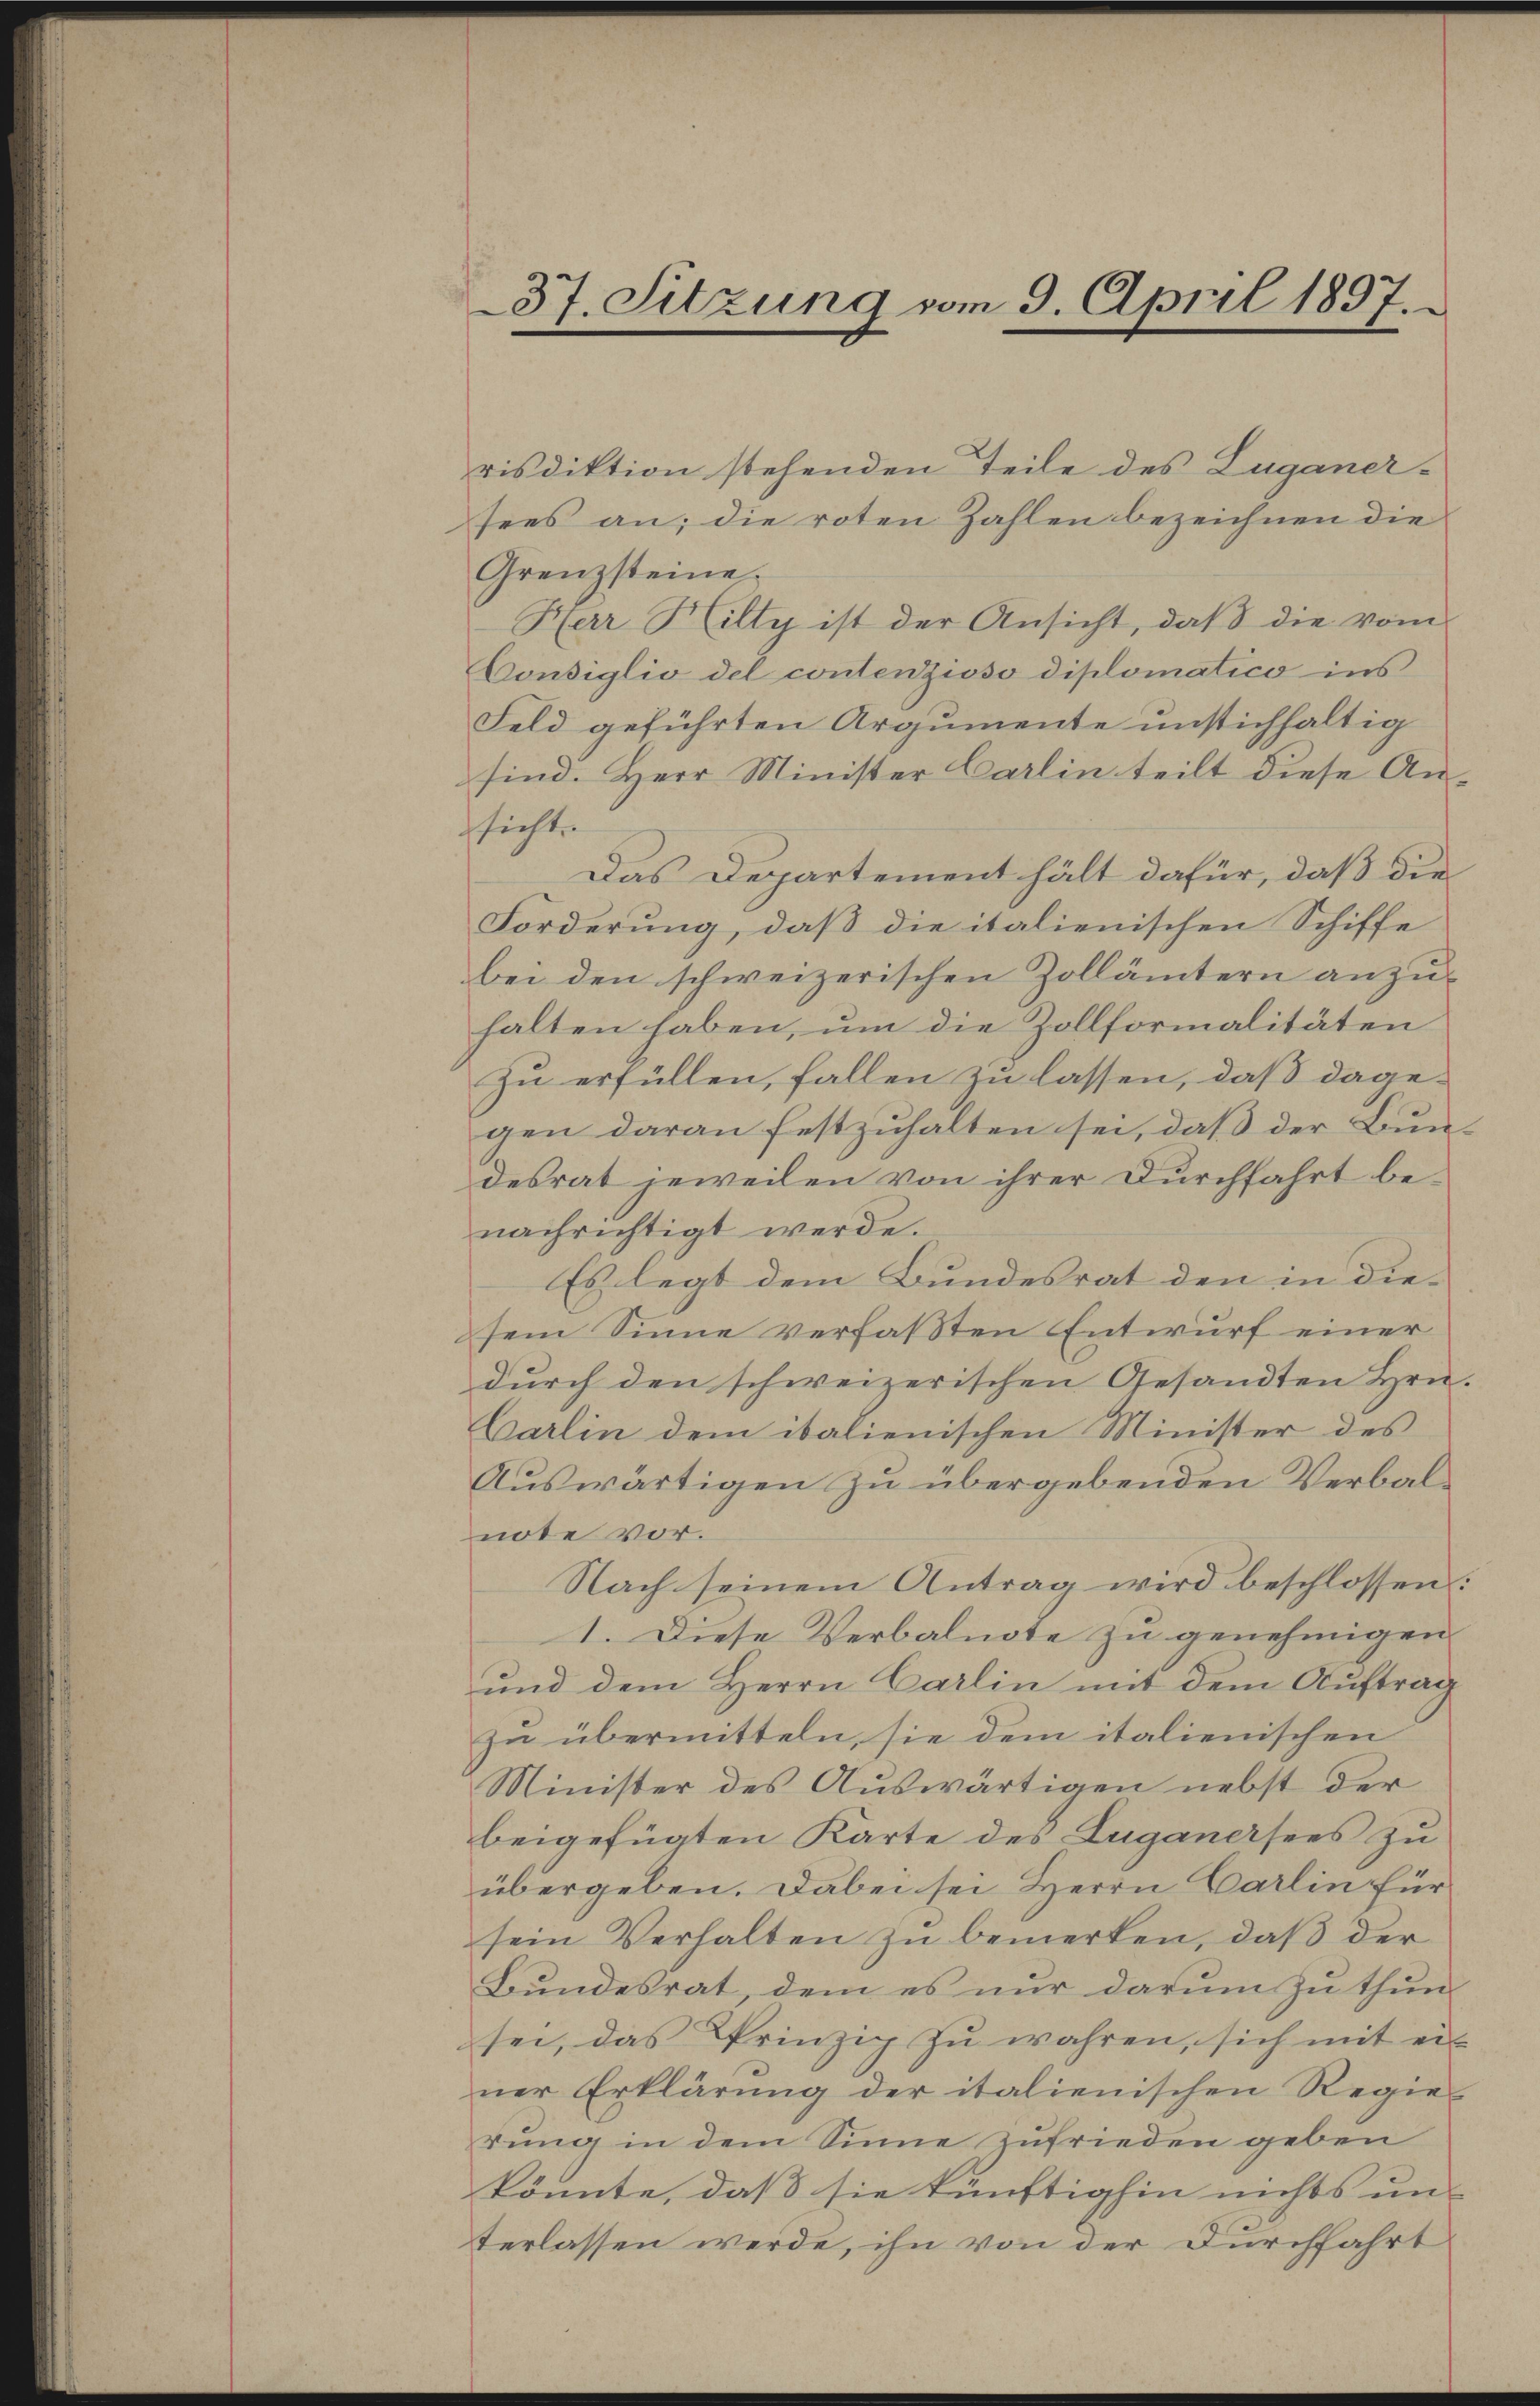
37. Sitzung vom 9. April 1897.

risdiktion stehenden Teile des Luganer-
sees an; die roten Zahlen bezeichnen die
Grenzsteine.
Herr Hilty ist der Ansicht, daβ die vom
Consiglio del contenzioso diplomatico ins
Feld geführten Argumente unstichhaltig
sind. Herr Minister Carlin teilt diese Ansicht
Das Departement hält dafür, daß die
Forderung, daß die italienischen Schiffe
bei den schweizerischen Zollämtern anzu-
halten haben, um die Zollformalitäten
zu erfüllen, fallen zu lassen, daß dagegen daran festzuhalten sei, daß der Bundesrat jeweilen von ihrer Durchfahrt benachrichtigt werde.
Es legt dem Bundesrat den in diesem Sinne verfaßten Entwurf einer
durch den schweizerischen Gesandten Hrn.
Carlin dem italienischen Minister des
Auswärtigen zu übergebenden Verbalnote vor.
Nach seinem Antrag wird beschlossen:
1. Diese Verbalnote zu genehmigen
und dem Herrn Carlin mit dem Auftrag
zu übermitteln, sie dem italienischen
Minister des Auswärtigen nebst der
beigefügten Karte des Luganersees zu
übergeben. Dabei sei Herrn Carlin für
sein Verhalten zŭ bemerken, daβ der
Bundesrat, dem es nur darum zu thun.
sei, das Prinzip zu wahren, sich mit einer Erklärung der italienischen Regiedung in dem Sinne zufrieden geben
könnte, daß sie künftighin nichts un-
terlassen werde, ihn von der Durchfahrt